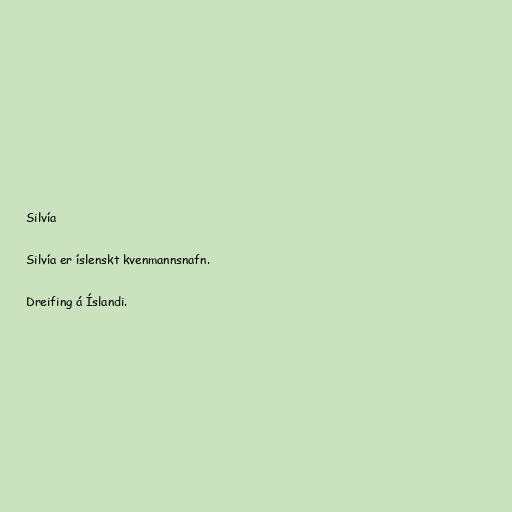
Silvía

Silvía er íslenskt kvenmannsnafn.

Dreifing á Íslandi.